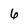
Character: 6